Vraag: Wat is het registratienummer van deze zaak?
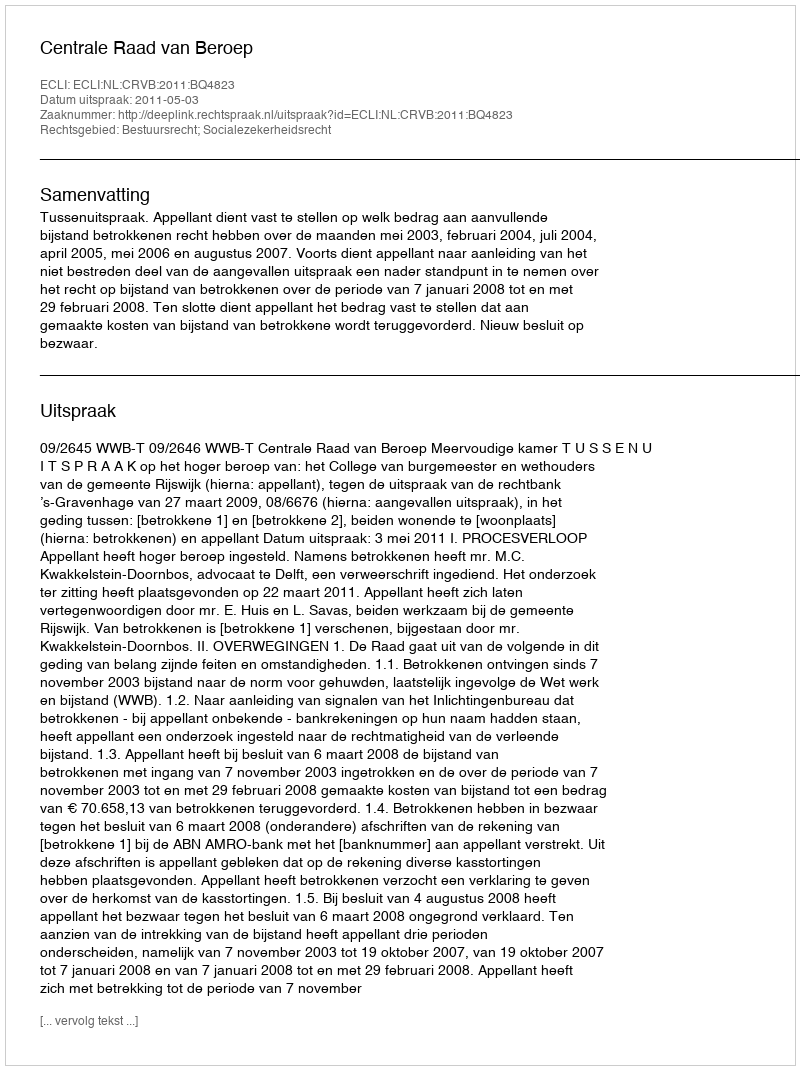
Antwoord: http://deeplink.rechtspraak.nl/uitspraak?id=ECLI:NL:CRVB:2011:BQ4823